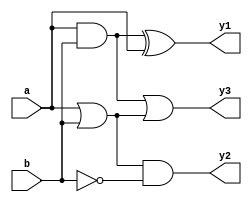
module comb_logic_optimized (
    input  wire [3:0] a,          // 4-bit input signal
    input  wire [3:0] b,          // 4-bit input signal
    output wire [3:0] y1,         // Output for function 1
    output wire [3:0] y2,         // Output for function 2
    output wire [3:0] y3          // Output for function 3
);

// Shared Logic
wire [3:0] shared_and;          // Shared AND result
wire [3:0] shared_or;           // Shared OR result

// Logic Functions
assign shared_and = a & b;      // Shared AND operation
assign shared_or = a | b;       // Shared OR operation

// Output Logic
assign y1 = shared_and ^ a;     // Example output function 1: (a AND b) XOR a
assign y2 = shared_or & (~b);    // Example output function 2: (a OR b) AND NOT b
assign y3 = (shared_and | shared_or); // Example output function 3: (a AND b) OR (a OR b)

// Timing considerations and optimization techniques would need to be addressed in the synthesis and implementation phase.

endmodule